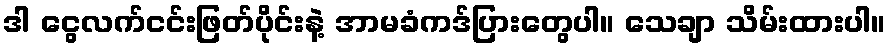
ဒါ ငွေလက်ငင်းဖြတ်ပိုင်းနဲ့ အာမခံကဒ်ပြားတွေပါ။ သေချာ သိမ်းထားပါ။